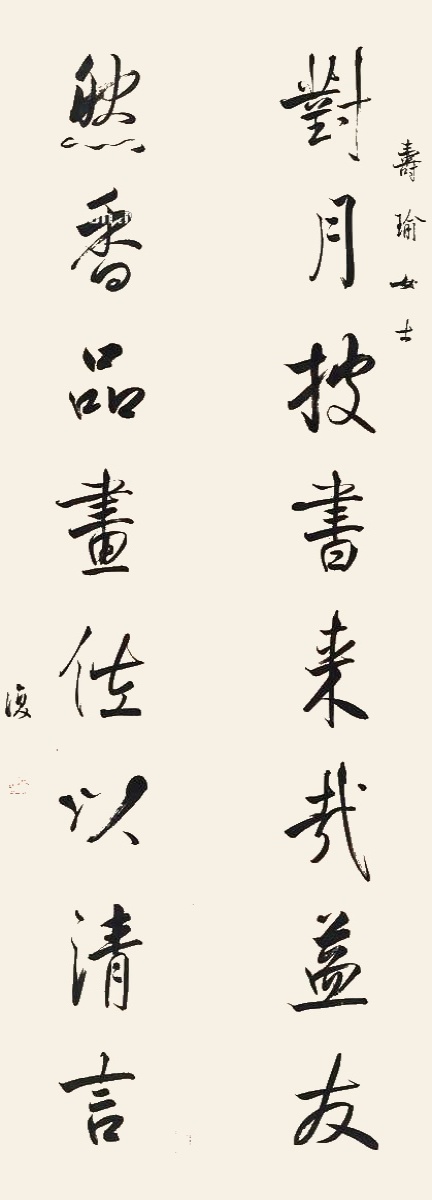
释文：对月披书来哉益友，然香品画佐以清言。寿瑜女士，复。